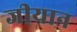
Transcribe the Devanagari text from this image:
जीयान